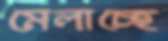
মেলাচ্ছে